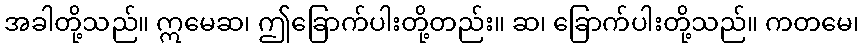
အခါတို့သည်။ ဣမေဆ၊ ဤခြောက်ပါးတို့တည်း။ ဆ၊ ခြောက်ပါးတို့သည်။ ကတမေ၊